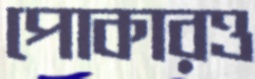
পোকারও